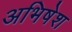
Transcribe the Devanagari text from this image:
अभिषेश